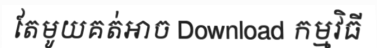
តែមូយគត់អាច Download កម្មវិធី